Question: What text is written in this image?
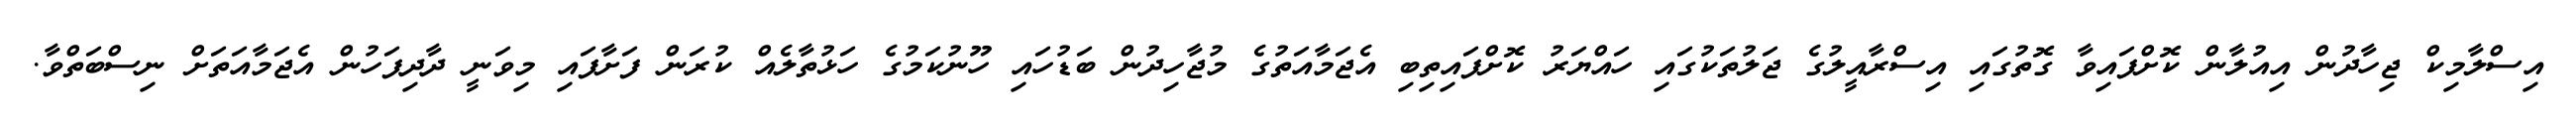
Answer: އިސްލާމިކް ޖިހާދުން އިއުލާން ކޮށްފައިވާ ގޮތުގައި އިސްރާއީލުގެ ޖަލުތަކުގައި ހައްޔަރު ކޮށްފައިތިބި އެޖަމާއަތުގެ މުޖާހިދުން ބަޑުހައި ހޫނުކަމުގެ ހަޅުތާލެއް ކުރަން ފަށާފައި މިވަނީ ދާދިފަހުން އެޖަމާއަތަށް ނިސްބަތްވާ.